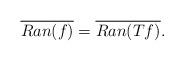
LaTeX: \begin{align*}\overline{Ran(f)} = \overline{Ran(Tf)}.\end{align*}